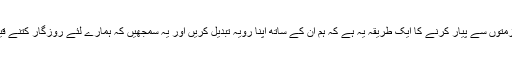
اپنی ملازمتوں سے پیار کرنے کا ایک طریقہ یہ ہے کہ ہم ان کے ساتھ اپنا رویہ تبدیل کریں اور یہ سمجھیں کہ ہمارے لئے روزگار کتنے قیمتی ہیں۔